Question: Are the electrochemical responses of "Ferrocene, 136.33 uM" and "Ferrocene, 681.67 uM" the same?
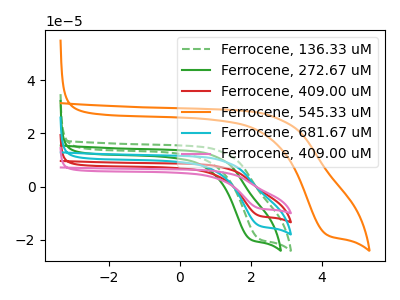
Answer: <think>The green dashed curve "Ferrocene, 136.33 uM" has a cathodic peak at: (2.20V, -19.60uA). The green curve "Ferrocene, 272.67 uM" has a cathodic peak at: (1.95V, -19.80uA). The red curve "Ferrocene, 409.00 uM" has a cathodic peak at: (2.20V, -29.30uA). The orange curve "Ferrocene, 545.33 uM" has a cathodic peak at: (4.10V, -18.05uA). The cyan curve "Ferrocene, 681.67 uM" has a cathodic peak at: (2.20V, -14.65uA). The pink curve "Ferrocene, 409.00 uM" has a cathodic peak at: (2.20V, -43.95uA).
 All the peaks in "Ferrocene, 136.33 uM" have a peak in "Ferrocene, 681.67 uM" at the same potential. Every peak in "Ferrocene, 136.33 uM" is higher than every peak in "Ferrocene, 681.67 uM".</think>
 <answer>"Ferrocene, 136.33 uM" and "Ferrocene, 681.67 uM" are similar in shape.</answer>
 <eval>same_shape</eval>